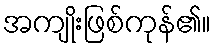
အကျိုးဖြစ်ကုန်၏။